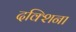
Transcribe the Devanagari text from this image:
दक्शिना